Report of the Indian Hemp Drugs Commission, 1894-1895 - Volume VI
Year: 1894
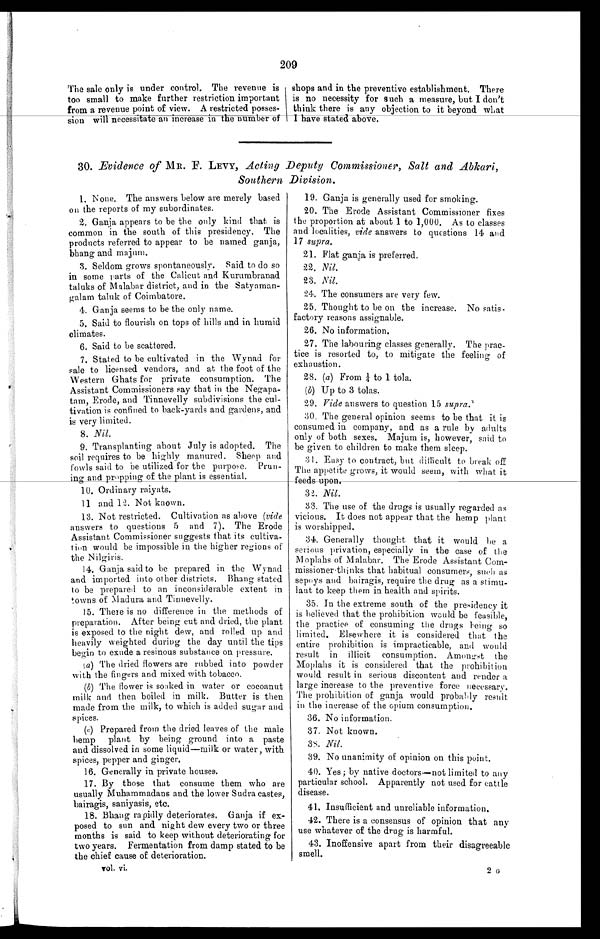
209
The sale only is under control. The revenue is
too small to make further restriction important
from a revenue point of view. A restricted posses
-sion will necessitate an increase in the number of
shops and in the preventive establishment. There
is no necessity for such a measure, but I don't
think there is any objection to it beyond what
I have stated above.
30. Evidence of MR. F. LEVY, Acting Deputy Commissioner, Salt and Abkari,
Southern Division.
1. None. The answers below are merely based
on the reports of my subordinates.
2. Ganja appears to be the only kind that is
common in the south of this presidency. The
products referred to appear to be named ganja,
bhang and majum.
3. Seldom grows spontaneously. Said to do so
in some parts of the Calicut and Kurumbranad
taluks of Malabar district, and in the Satyaman-
galam taluk of Coimbatore.
4 . G a n j a s e e m s t o b e t h e o n l y n a m e .
5. Said to flourish on tops of hills and in humid
climates.
6 . S a i d t o b e s c a t t e r e d .
7. Stated to be cultivated in the Wynad for
sale to licensed vendors, and at the foot of the
Western Ghats for private consumption. The
Assistant Commissioners say that in the Negapa-
tam, Erode, and Tinnevelly subdivisions the cul-
tivation is confined to back-yards and gardens, and
is very limited.
8. Nil.
9. Transplanting about July is adopted. The
soil requires to be highly manured. Sheep and
fowls said to be utilized for the purpose. Prun-
ing and propping of the plant is essential.
1 0 . O r d i n a r y r a i y a t s .
11 and 12. Not known.
13. Not restricted. Cultivation as above ( vide
answers to questions 5 and 7). The Erode
Assistant Commissioner suggests that its cultiva-
tion would be impossible in the higher regions of
the Nilgiris.
14. Ganja said to be prepared in the Wynad
and imported into other districts. Bhang stated
to be prepared to an inconsiderable extent in
towns of Madura and Tinnevelly.
15. There is no difference in the methods of
preparation. After being cut and dried, the plant
is exposed to the night dew, and rol!ed up and
heavily weighted during the day until the tips
begin to exude a resinous substance on pressure.
( a) The dried flowers are rubbed into powder
with the fingers and mixed with tobacco.
(b) The flower is soaked in water or cocoanut
milk and then boiled in milk. Butter is then
made from the milk, to which is added sugar and
spices.
(c) Prepared from the dried leaves of the male
hemp plant by being ground into a paste
and dissolved in some liquid—milk or water, with
spices, pepper and ginger.
1 6 . G e n e r a l l y i n p r i v a t e h o u s e s .
17. By those that consume them who are
usually Muhammadans and the lower Sudra castes,
bairagis, saniyasis, etc.
18. Bhang rapidly deteriorates. Ganja if ex-
posed to sun and night dew every two or three
months is said to keep without deteriorating for
two years. Fermentation from damp stated to be
the chief cause of deterioration.
19. Ganja is generally used for smoking.
20. The Erode Assistant Commissioner fixes
the proportion at about 1 to 1,000. As to classes
and localities, vide answers to questions 14 and
17 supra.
21. Flat ganja is preferred.
22. Nil.
23. Nil.
24. The consumers are very few.
25. Thought to be on the increase. No satis-
factory reasons assignable.
26. No information.
27. The labouring classes generally. The prac
- t i c e i s r e s o r t e d t o , t o m i t i g a t e t h e f e e l i n g o f
exhaustion.
28. (a) From ¼ 1 tola.
(6) Up to 3 tolas.
15. Vide answers to question 15 supra.'
16. The general opinion seems to be that it is
consumed in company, and as a rule by adults
only of both sexes. Majum is, however, said to
be given to children to make them sleep.
17. Easy to contract, but difficult to break off
The appetite grows, it would seem, with what it
4e-eds-upon.
18. Nil.
19. The use of the drugs is usually regarded as
vicious. It does not appear that the hemp plant
is worshipped.
20. Generally thought that it would he a
serious privation, especially in the case of the
Moplahs of Malabar. The Erode Assistant Com-
missioner . thinks that habitual consumers, such as
sepoys and bairagis, require the drug as a stimu-
lant to keep them in health and spirits.
21. In the extreme south of the presidency it
is believed that the prohibition would be feasible,
the practice of consuming the drugs being so
limited. Elsewhere it is considered that the
entire prohibition is impracticable, and would
result in illicit consumption. Amony .st the
' ,Mo p lahs it is considered that the prohibition
would result in serious discontent and render a
large increase to the preventive force necessarv.
The prohibition of ganja would probably result
in the increase of the opium consumption.
22. No information.
23. Not known.
3t. Nil.
39. No unanimity of opinion on this point.
40. Yes; by native doctors-not limited to any
particular school. Apparently not used for cattle
disease.
41. Insufficient and unreliable information.
42. There is a consensus of opinion that any
use whatever of the drug is harmful.
43. Inoffensive apart from their disagreeable
smell.
vol. vi.
2 a